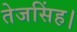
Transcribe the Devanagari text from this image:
तेजसिंह।